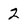
Character: 2